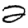
Digit: 2